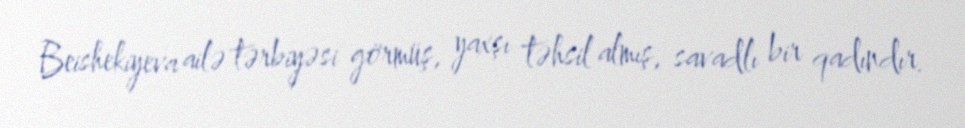
Beishekiyeva ailə tərbiyəsi görmüş, yaxşı təhsil almış, savadlı bir qadındır.